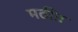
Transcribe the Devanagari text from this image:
मठींत